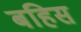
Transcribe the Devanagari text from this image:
बहिस